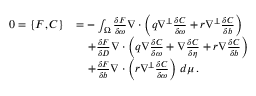
\begin{array} { r l } { 0 = \{ F , C \} } & { = - \int _ { \Omega } \frac { \delta F } { \delta \omega } \nabla \cdot \left( q \nabla ^ { \perp } \frac { \delta C } { \delta \omega } + r \nabla ^ { \perp } \frac { \delta C } { \delta b } \right) } \\ & { \quad + \frac { \delta F } { \delta D } \nabla \cdot \left( q \nabla \frac { \delta C } { \delta \omega } + \nabla \frac { \delta C } { \delta \eta } + r \nabla \frac { \delta C } { \delta b } \right) } \\ & { \quad + \frac { \delta F } { \delta b } \nabla \cdot \left( r \nabla ^ { \perp } \frac { \delta C } { \delta \omega } \right) \, d \mu \, . } \end{array}